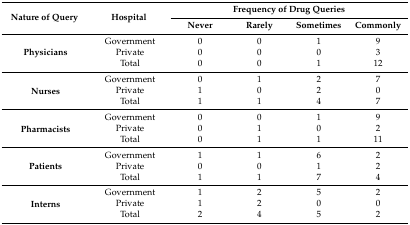
<table><thead><tr><td rowspan="2"><b>Nature of Query</b></td><td rowspan="2"><b>Hospital</b></td><td colspan="4"><b>Frequency of Drug Queries</b></td></tr><tr><td><b>Never</b></td><td><b>Rarely</b></td><td><b>Sometimes</b></td><td><b>Commonly</b></td></tr></thead><tbody><tr><td rowspan="3"><b>Physicians</b></td><td>Government</td><td>0</td><td>0</td><td>1</td><td>9</td></tr><tr><td>Private</td><td>0</td><td>0</td><td>0</td><td>3</td></tr><tr><td>Total</td><td>0</td><td>0</td><td>1</td><td>12</td></tr><tr><td rowspan="3"><b>Nurses</b></td><td>Government</td><td>0</td><td>1</td><td>2</td><td>7</td></tr><tr><td>Private</td><td>1</td><td>0</td><td>2</td><td>0</td></tr><tr><td>Total</td><td>1</td><td>1</td><td>4</td><td>7</td></tr><tr><td rowspan="3"><b>Pharmacists</b></td><td>Government</td><td>0</td><td>0</td><td>1</td><td>9</td></tr><tr><td>Private</td><td>0</td><td>1</td><td>0</td><td>2</td></tr><tr><td>Total</td><td>0</td><td>1</td><td>1</td><td>11</td></tr><tr><td rowspan="3"><b>Patients</b></td><td>Government</td><td>1</td><td>1</td><td>6</td><td>2</td></tr><tr><td>Private</td><td>0</td><td>0</td><td>1</td><td>2</td></tr><tr><td>Total</td><td>1</td><td>1</td><td>7</td><td>4</td></tr><tr><td rowspan="3"><b>Interns</b></td><td>Government</td><td>1</td><td>2</td><td>5</td><td>2</td></tr><tr><td>Private</td><td>1</td><td>2</td><td>0</td><td>0</td></tr><tr><td>Total</td><td>2</td><td>4</td><td>5</td><td>2</td></tr></tbody></table>